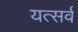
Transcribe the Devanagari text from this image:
यत्सर्वं